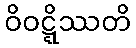
ဝိဝဋ္ဋိဿတိ